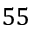
5 5